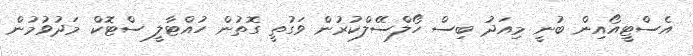
އެސްޓީއޯއިން ބުނީ މިއަދު ބިސް ހޯލްސޭލްކުރުން ވަގުތީ ގޮތުން ހުއްޓާލީ ސްޓޮކް މަދުވުމުން